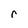
Character: r